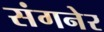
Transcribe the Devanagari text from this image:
संगनेर